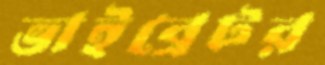
ভাইব্রেটর